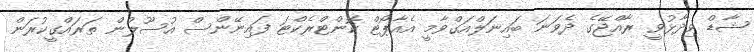
ޝާޑް ވިދާޅުވީ ރާއްޖޭގެ ދެވަނަ ބައިނަލްއަގްވާމީ އެއާޕޯޓް ކޮންޓްރެކްޓަ ފައިނޭންސް އުސޫލުން ތަރައްގީކުރަން